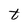
Character: t